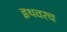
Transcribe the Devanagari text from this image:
इथवरच